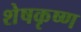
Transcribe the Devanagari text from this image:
शेषकृष्ण